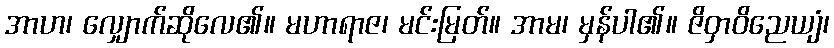
အာဟ၊ လျှောက်ဆိုလေ၏။ မဟာရာဇ၊ မင်းမြတ်။ အာမ၊ မှန်ပါ၏။ ဇိဝှာဝိညေယျံ၊